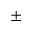
\pm